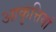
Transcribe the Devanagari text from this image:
आकृत्तियां